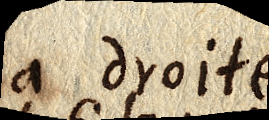
la droite